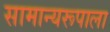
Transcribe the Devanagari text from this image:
सामान्यरूपाला